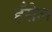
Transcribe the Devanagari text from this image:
हँसेल